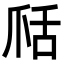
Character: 𦧍